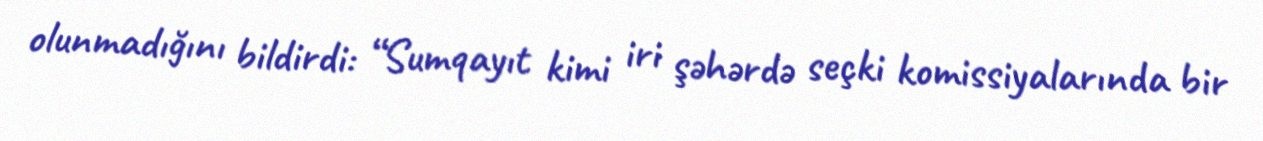
olunmadığını bildirdi: “Sumqayıt kimi iri şəhərdə seçki komissiyalarında bir